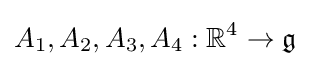
A_{1},A_{2},A_{3},A_{4}:\mathbb {R} ^{4}\to {\mathfrak {g}}